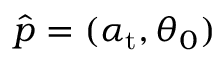
\widehat { \boldsymbol { p } } = ( \alpha _ { \mathrm { { t } } } , \theta _ { 0 } )